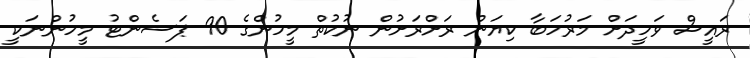
ރައީސް ވަހީދަށް މަރުހަބާ ކިޔަން ރަށްރަށުން ނުކުތް މީހުންގެ 90 ޕަސެންޓު މީހުންނަކީ